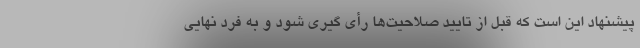
پیشنهاد این است که قبل از تایید صلاحیت‌ها رأی گیری شود و به فرد نهایی